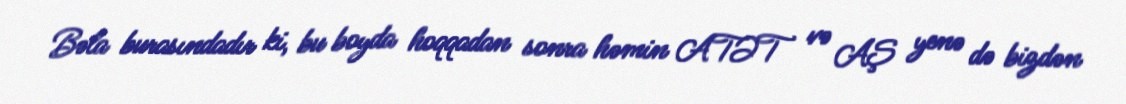
Bəla burasındadır ki, bu boyda hoqqadan sonra həmin ATƏT və AŞ yenə də bizdən